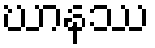
ဃာနဿ